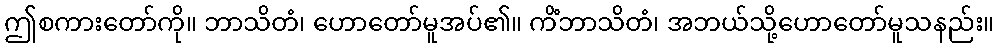
ဤစကားတော်ကို။ ဘာသိတံ၊ ဟောတော်မူအပ်၏။ ကိံဘာသိတံ၊ အဘယ်သို့ဟောတော်မူသနည်း။